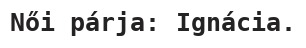
Női párja: Ignácia.